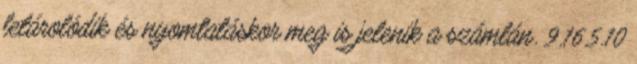
letárolódik és nyomtatáskor meg is jelenik a számlán. 9.16.5.10